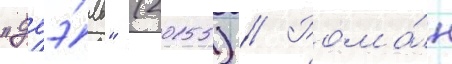
"дуэ́ль" (2015) // Рома́н